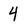
Character: 4